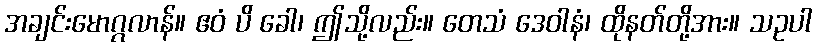
အချင်းမောဂ္ဂလာန်။ ဧဝံ ပိ ခေါ၊ ဤသို့လည်း။ တေသံ ဒေဝါနံ၊ ထိုနတ်တို့အား။ သဥပါ